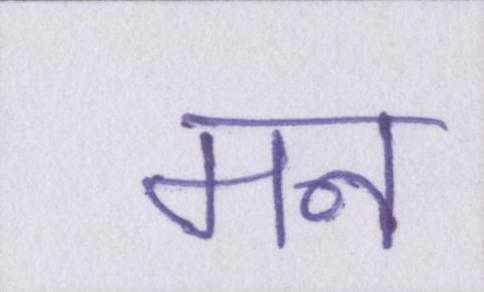
मन